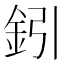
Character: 鈏